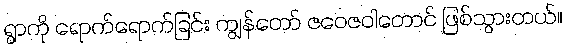
ရွာကို ရောက်ရောက်ခြင်း ကျွန်တော် ဇဝေဇဝါတောင် ဖြစ်သွားတယ်။